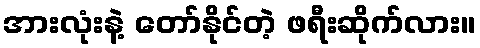
အားလုံးနဲ့ တော်နိုင်တဲ့ ဖရီးဆိုက်လား။